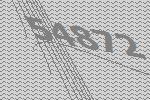
54872